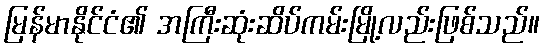
မြန်မာနိုင်ငံ၏ အကြီးဆုံးဆိပ်ကမ်းမြို့လည်းဖြစ်သည်။